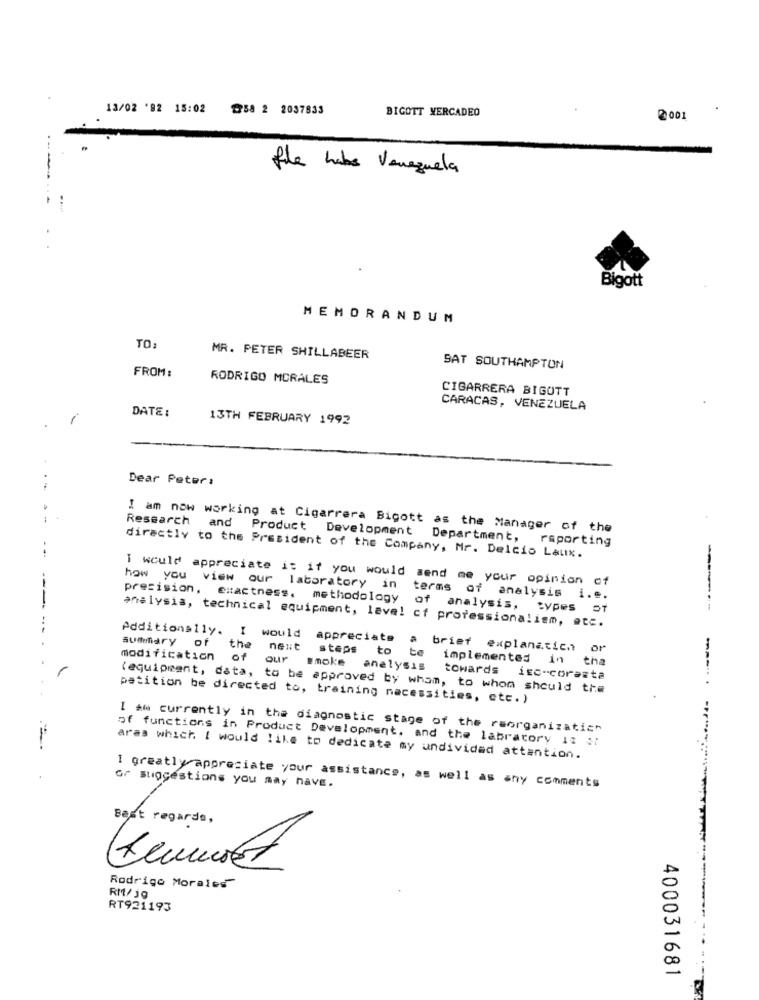
13/02 '02 15:02 258 2 2037833
BIGOTT MERCADEO
2001
. ..
file habe Venezuela
Bigott
MEMORANDUM
TO
MR. PETER SHILLABEER
FROM :
9AT SOUTHAMPTON
RODRIGO MORALES
CIGARRERA BIGUTT
DATE:
CARACAS, VENEZUELA
13TH FEBRUARY 1992
Dear Peter:
I am now working at Cigarrera Bigott as the Manager of the
Research and Product Development Department,
reporting
directly to the President of the Company, Mr. Delcio Laux.
I would appreciate is if you would send me your opinion of
how you view our laboratory in terms of analysis i ...
precision, exactness, methodology of analysis, types of
analysis, technical equipment, laval ct professionalism, etc.
Additionally. I would
summary of
the
next
steps to
appreciate a brief explanatich
te
modification
of
our
smoke
implemented in
tha
---
analysis
towards iso-coresta
(equipment, data, to be approved by wham, to whom should the
petition be directed to, training necessities, etc.)
I am currently in the diagnostic stage of the reorganizatich
of functions in Product Development, and the labratory it ol
aras which I would like to dedicate my undivided attention.
or suggestions you may have.
I greatly appreciate your assistance, as well as any comments
Best regards,
Rodrigo Morales
RM/jg
RT921193
400031681